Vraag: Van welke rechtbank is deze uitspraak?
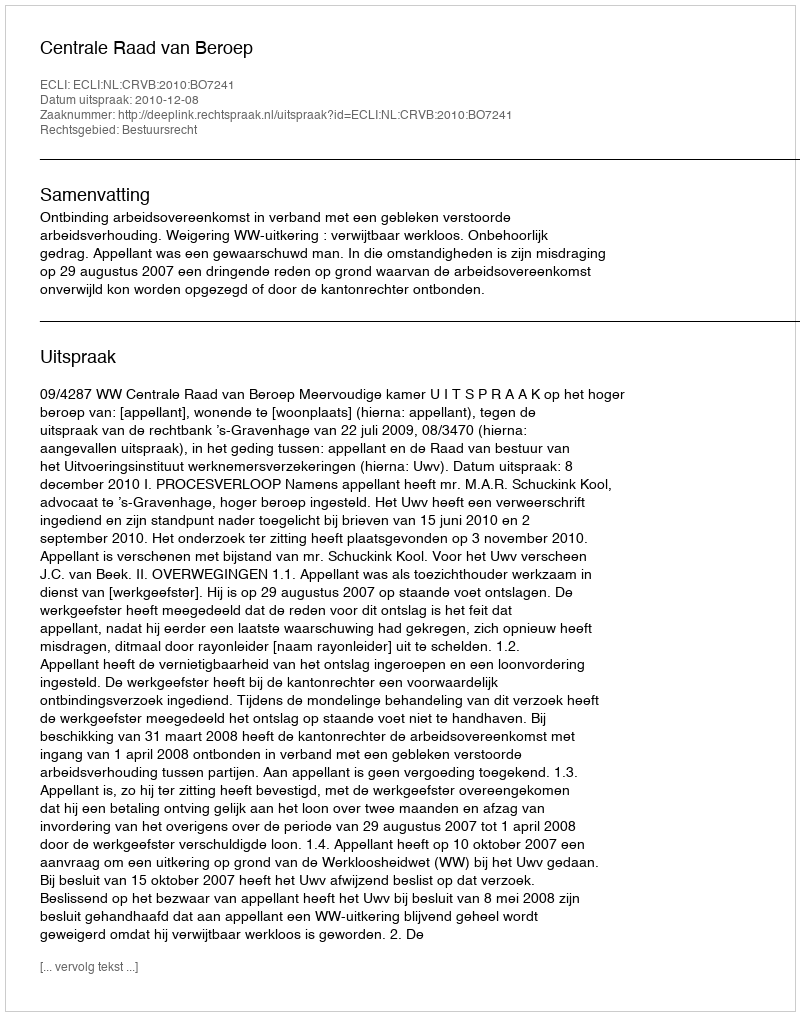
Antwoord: Centrale Raad van Beroep